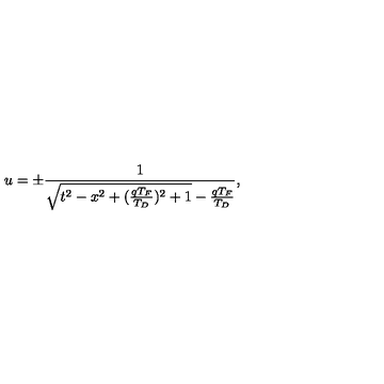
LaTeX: u = \pm \frac { 1 } { \sqrt { t ^ { 2 } - x ^ { 2 } + ( \frac { q T _ { F } } { T _ { D } } ) ^ { 2 } + 1 } - \frac { q T _ { F } } { T _ { D } } } ,